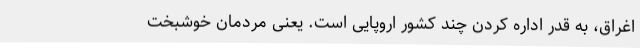
اغراق، به قدر اداره کردن چند کشور اروپایی است. یعنی مردمان خوشبخت